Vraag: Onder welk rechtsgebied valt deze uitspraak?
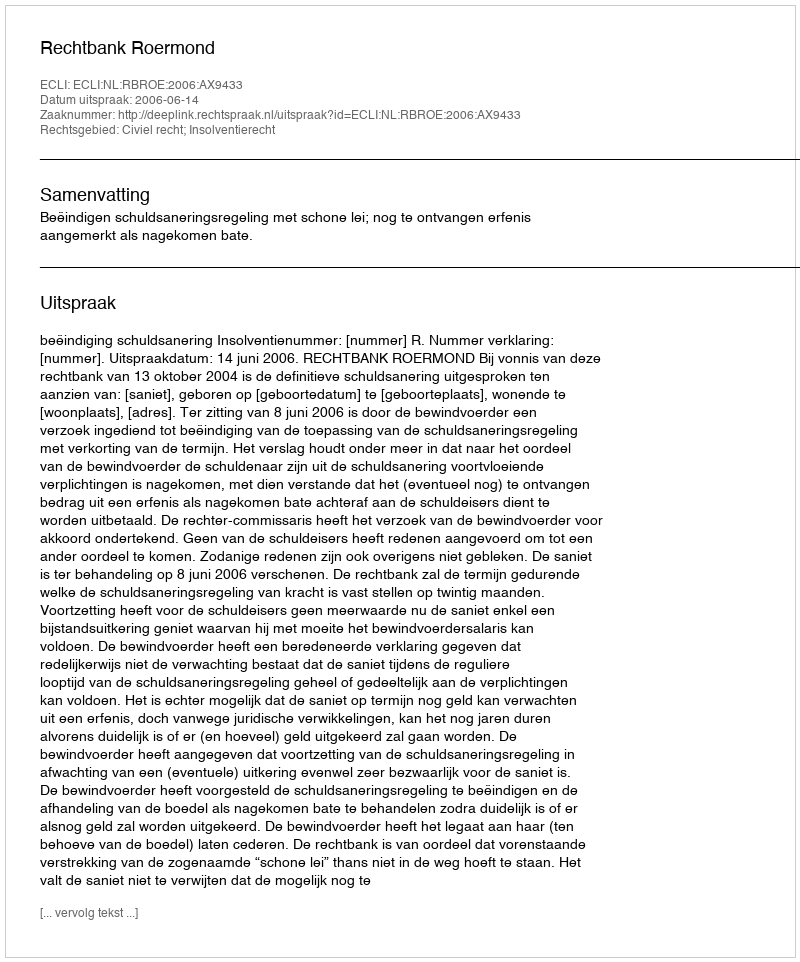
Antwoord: Civiel recht; Insolventierecht